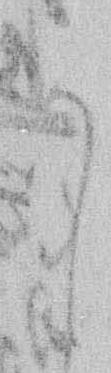
か